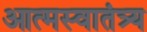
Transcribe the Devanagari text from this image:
आत्मस्वातंत्र्य